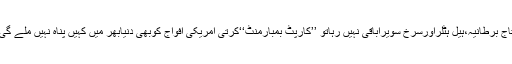
تاج برطانیہ،ہیل ہٹلراورسرخ سویراباقی نہیں رہاتو ’’کارپٹ بمبارمنٹ‘‘کرتی امریکی افواج کوبھی دنیابھر میں کہیں پناہ نہیں ملے گی۔